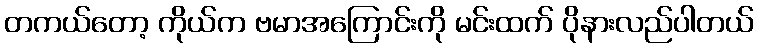
တကယ်တော့ ကိုယ်က ဗမာအကြောင်းကို မင်းထက် ပိုနားလည်ပါတယ်